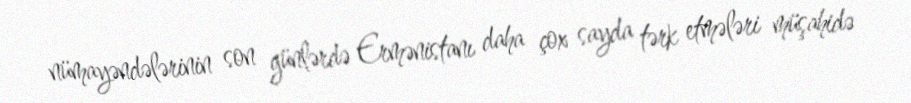
nümayəndələrinin son günlərdə Ermənistanı daha çox sayda tərk etmələri müşahidə